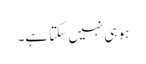
ہو ہی نہیں سکتا ہے۔